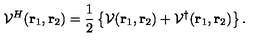
{ \cal V } ^ { H } ( \mathrm { \bf r } _ { 1 } , \mathrm { \bf r } _ { 2 } ) = { \frac { 1 } { 2 } } \left\{ { \cal V } ( \mathrm { \bf r } _ { 1 } , \mathrm { \bf r } _ { 2 } ) + { \cal V } ^ { \dag } ( \mathrm { \bf r } _ { 1 } , \mathrm { \bf r } _ { 2 } ) \right\} . \nonumber